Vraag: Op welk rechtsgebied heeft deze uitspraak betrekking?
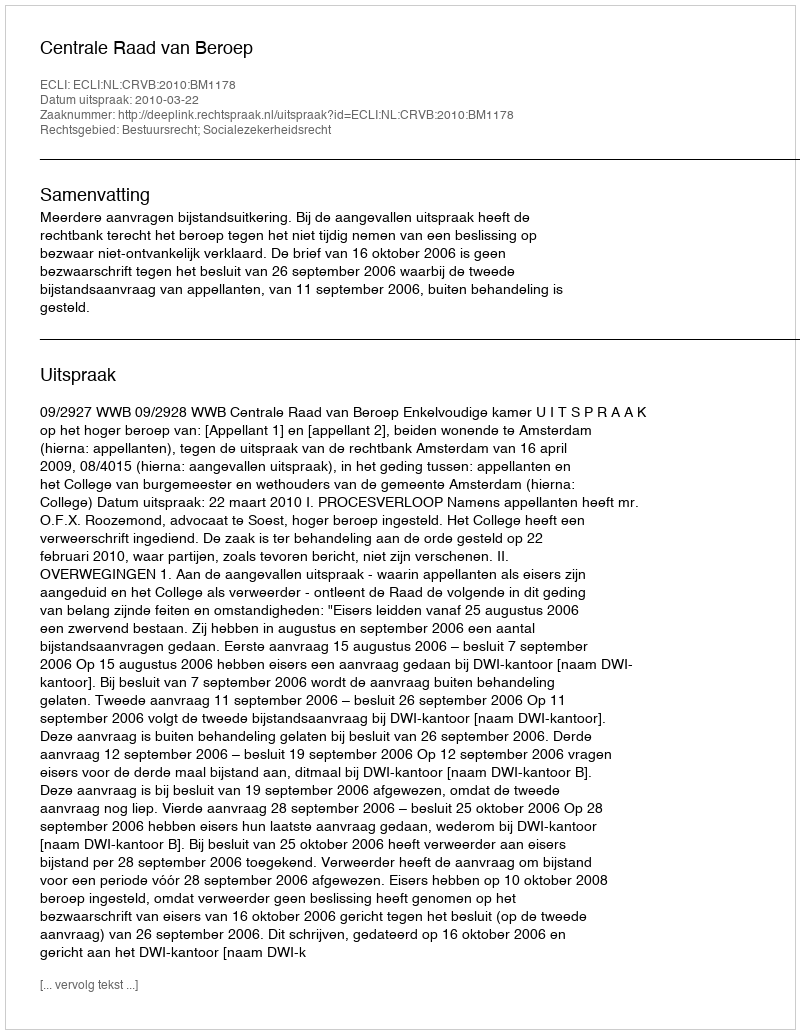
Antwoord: Bestuursrecht; Socialezekerheidsrecht